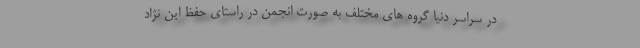
در سراسر دنیا گروه های مختلف به صورت انجمن در راستای حفظ این نژاد